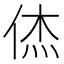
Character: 𮯼